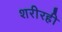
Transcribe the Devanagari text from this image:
शरीरही